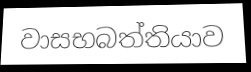
වාසභබත්තියාව